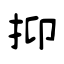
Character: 抑